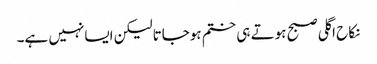
نکاح اگلی صبح ہوتے ہی ختم ہوجاتالیکن ایسانہیں ہے۔